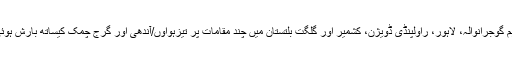
تاہم گوجرانوالہ، لاہور، راولپنڈی ڈویژن، کشمیر اور گلگت بلتستان میں چند مقامات پر تیزہواوٗں/آندھی اور گرج چمک کیساتھ بارش ہوئی۔